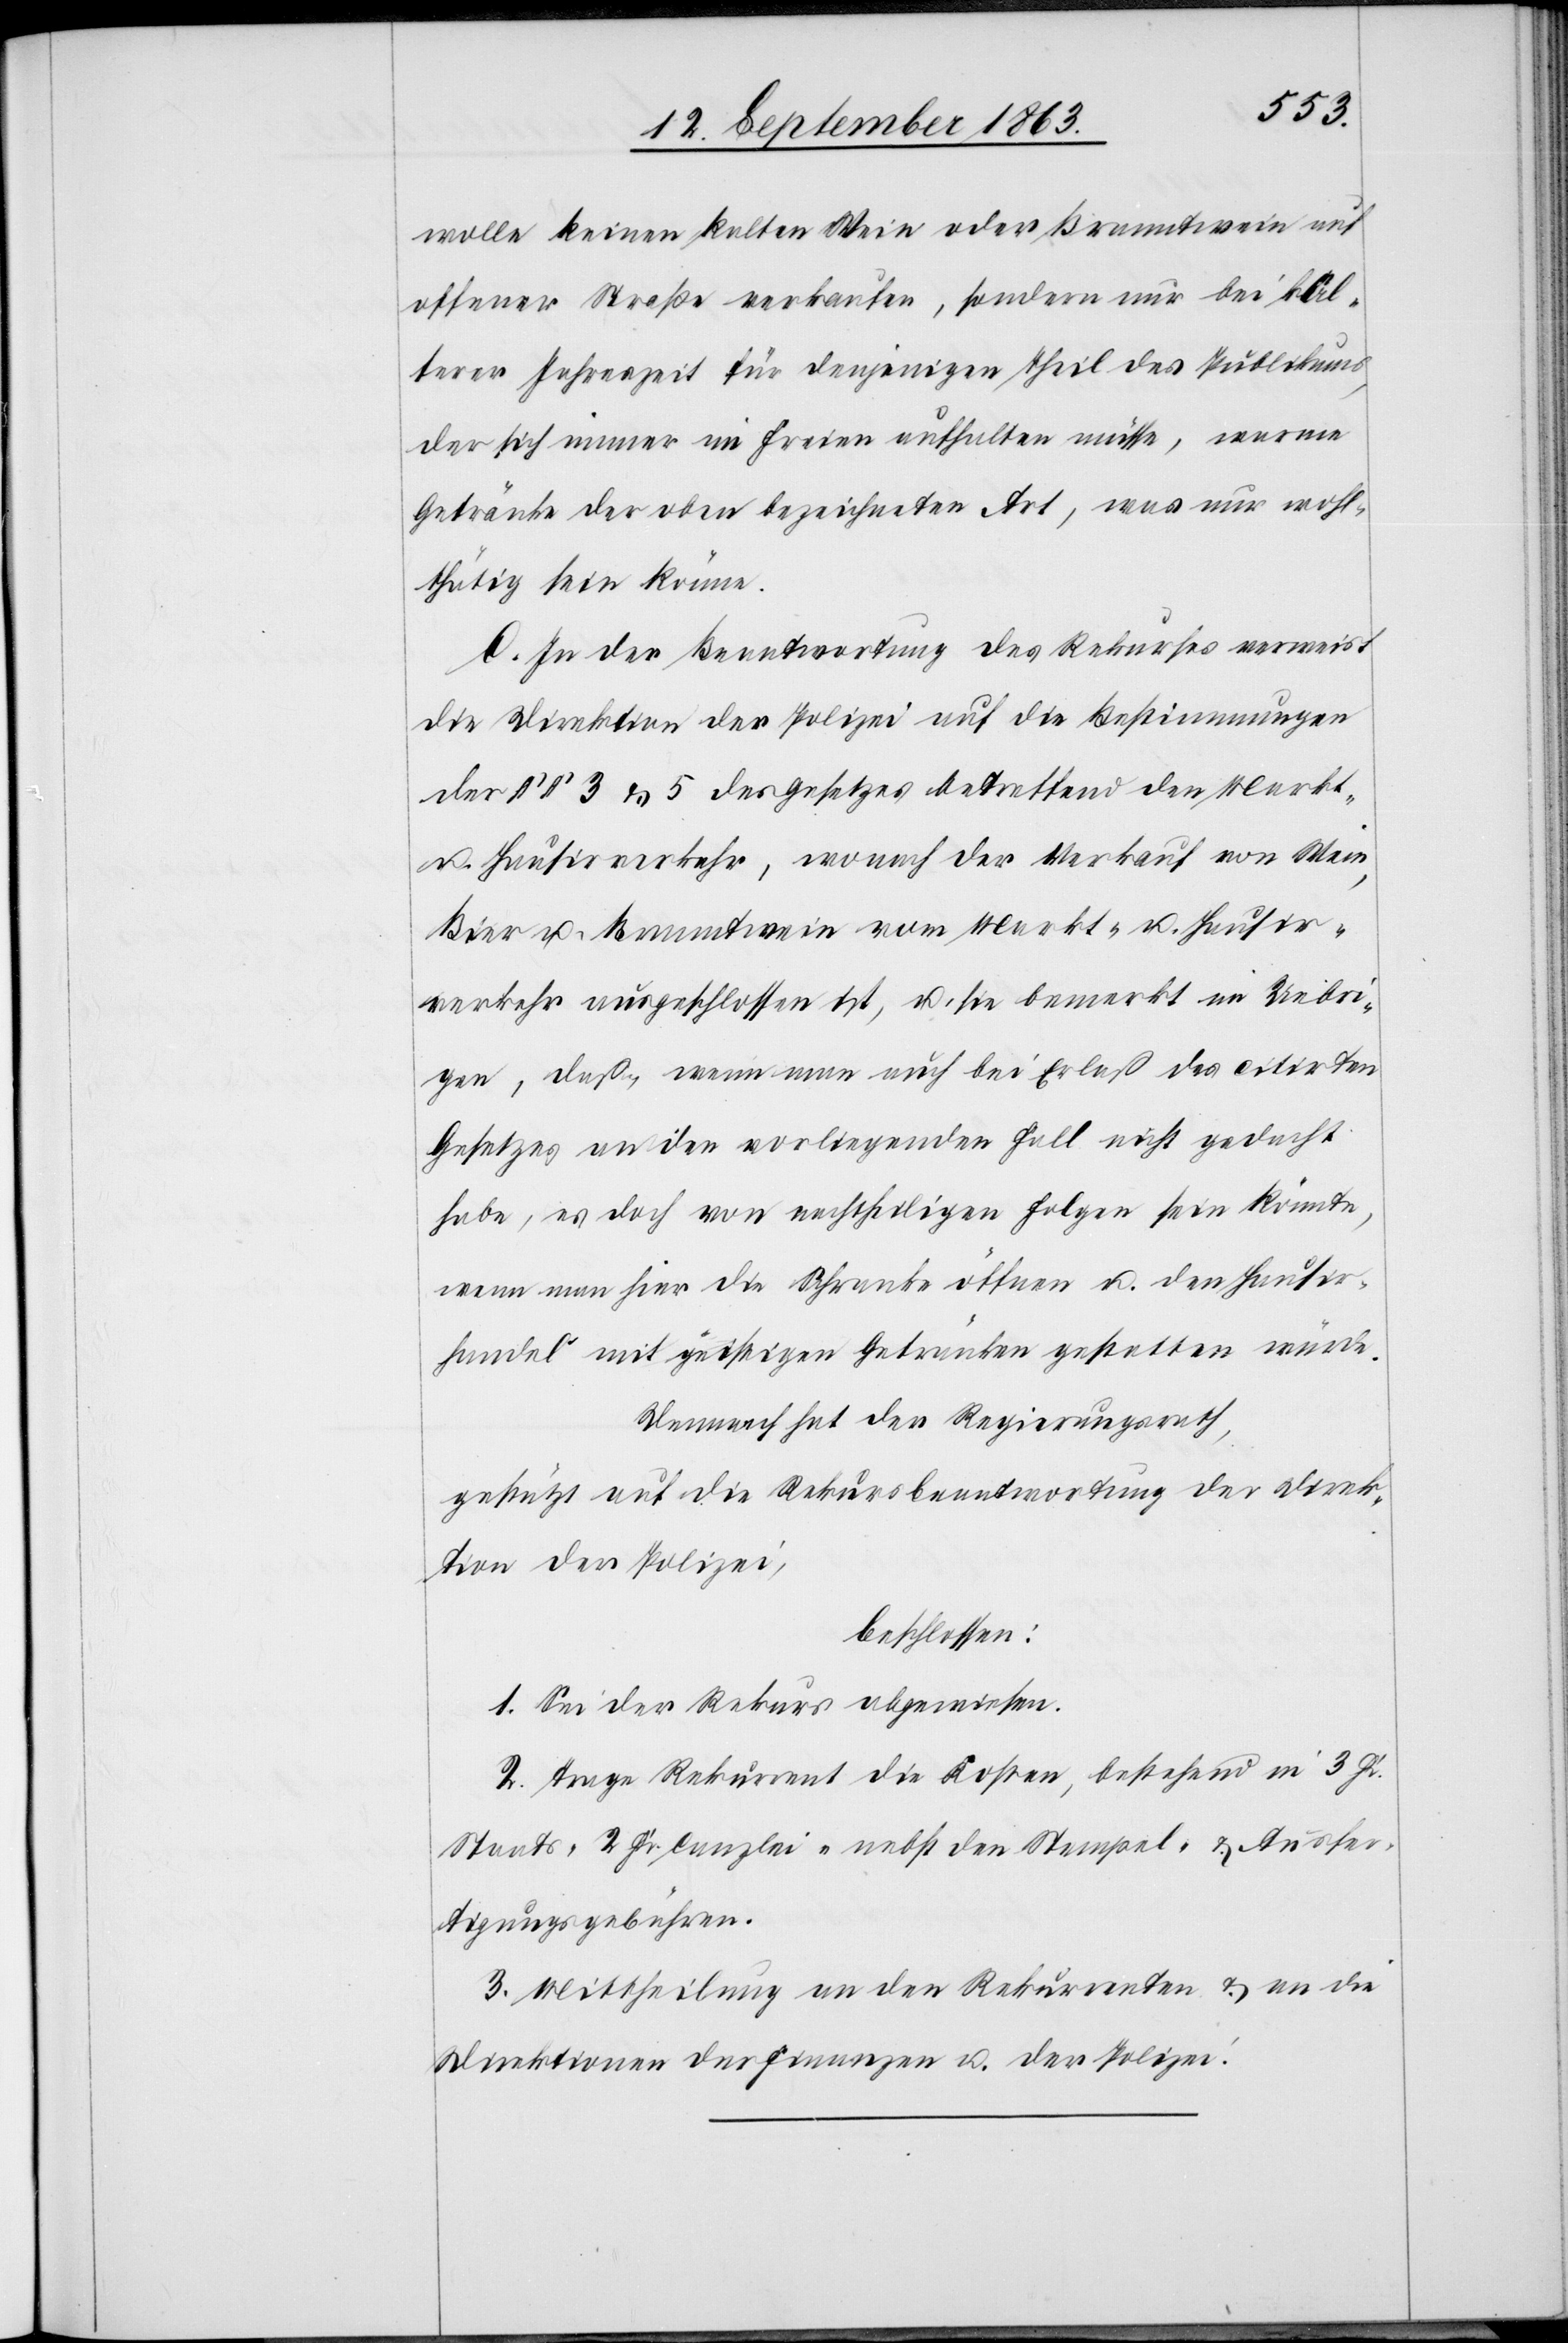
wolle keinen kalten Wein oder Branntwein auf
offener Straße verkaufen, sondern nur bei käl¬
terer Jahreszeit für denjenigen Theil des Publikums,
der sich immer im Freien aufhalten müsse, warme
Getränke der oben bezeichneten Art, was nur wohl¬
thätig sein könne.
C. In der Beantwortung des Rekurses verweist
die Direktion der Polizei auf die Bestimmungen
der §§ 3 & 5 des Gesetzes betreffend den Markt-
u. Hausirverkehr, wonach der Verkauf von Wein,
Bier u. Branntwein vom Markt- u. Hausir¬
verkehr ausgeschlossen ist, u. sie bemerkt im Uebri¬
gen, daß, wenn man auch bei Erlaß des citirten
Gesetzes an den vorliegenden Fall nicht gedacht
habe, es doch von nachtheiligen Folgen sein könnte,
wenn man hier die Schranke öffnen u. den Hausir¬
handel mit geistigen Getränken gestatten würde.
Demnach hat der Regierungsrath,
gestützt auf die Rekursbeantwortung der Direk¬
tion der Polizei,
beschlossen:
1. Sei der Rekurs abgewiesen.
2. Trage Rekurrent die Kosten, bestehend in 3 Fr.
Staats-[,] 2 Fr. Canzlei- nebst den Stempel- & Ausfer¬
tigungsgebühren.
3. Mittheilung an den Rekurrenten & an die
Direktionen der Finanzen u. der Polizei.